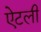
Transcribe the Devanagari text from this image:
ऐटली